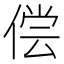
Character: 偿